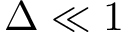
\Delta \ll 1